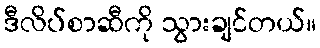
ဒီလိပ်စာဆီကို သွားချင်တယ်။